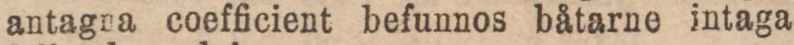
antagna coefficient befunnos båtarne intaga